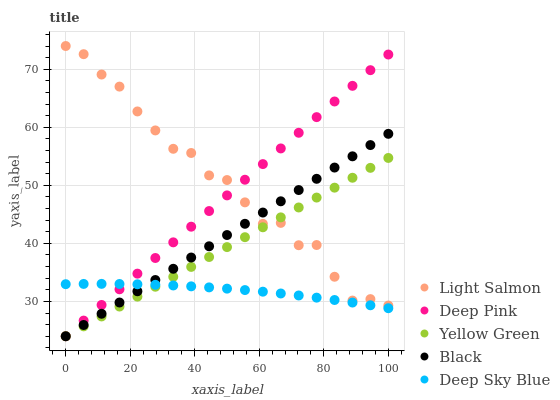
| xaxis_label | Light Salmon | Deep Pink | Yellow Green | Black | Deep Sky Blue |
 | --- | --- | --- | --- | --- | --- |
 | 0 | 74 | 24 | 24 | 24 | 33 |
 | 5.56 | 72.6 | 26.7 | 25.7 | 25.9 | 33 |
 | 11.1 | 69.1 | 29.4 | 27.4 | 27.9 | 33 |
 | 16.7 | 67 | 32.1 | 29.1 | 29.8 | 33 |
 | 22.2 | 62.7 | 34.8 | 30.8 | 31.7 | 33 |
 | 27.8 | 59.5 | 37.5 | 32.5 | 33.7 | 32.9 |
 | 33.3 | 56.3 | 40.2 | 34.2 | 35.6 | 32.7 |
 | 38.9 | 55.6 | 42.9 | 35.9 | 37.6 | 32.6 |
 | 44.4 | 51.7 | 45.6 | 37.7 | 39.5 | 32.4 |
 | 50 | 50.9 | 48.3 | 39.4 | 41.4 | 32.2 |
 | 55.6 | 47.1 | 51 | 41.1 | 43.4 | 32 |
 | 61.1 | 43.4 | 53.7 | 42.8 | 45.3 | 31.7 |
 | 66.7 | 43.5 | 56.4 | 44.5 | 47.2 | 31.4 |
 | 72.2 | 39.7 | 59.1 | 46.2 | 49.2 | 31 |
 | 77.8 | 39.7 | 61.7 | 47.9 | 51.1 | 30.7 |
 | 83.3 | 34.2 | 64.4 | 49.6 | 53.1 | 30.2 |
 | 88.9 | 30.1 | 67.1 | 51.3 | 55 | 29.8 |
 | 94.4 | 30.4 | 69.8 | 53 | 56.9 | 29.3 |
 | 100 | 29.3 | 72.5 | 54.7 | 58.9 | 28.8 |